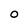
Character: 0